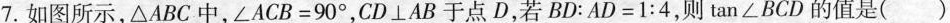
7.如图所示，△ ABC中，$$∠ A C B = 9 0 °$$，CD⊥AB于点D，若$$B D : A D = 1 : 4$$，则\tan∠BCD的值是()